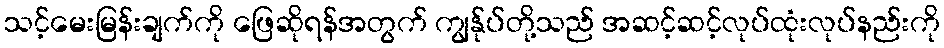
သင့်မေးမြန်းချက်ကို ဖြေဆိုရန်အတွက် ကျွန်ုပ်တို့သည် အဆင့်ဆင့်လုပ်ထုံးလုပ်နည်းကို